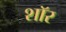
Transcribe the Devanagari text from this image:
शाॅर